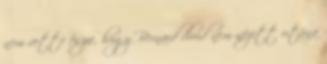
nem vette észre, hogy Bernard droid nem nézett utána